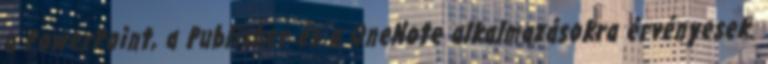
a PowerPoint, a Publisher és a OneNote alkalmazásokra érvényesek.